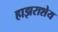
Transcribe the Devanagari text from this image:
हाझराशेय